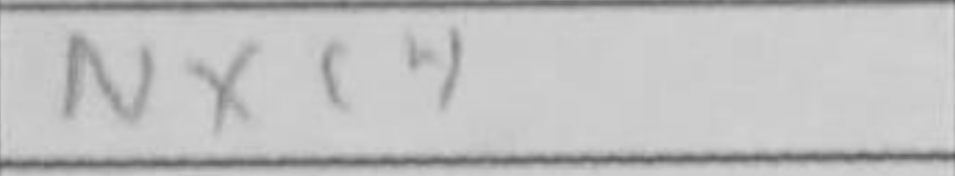
Transcription: Nxc4